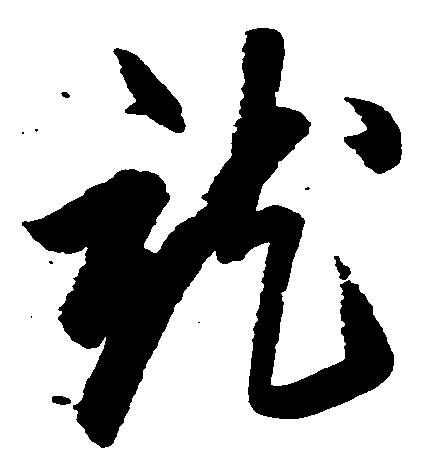
就